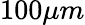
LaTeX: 100\mu m